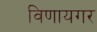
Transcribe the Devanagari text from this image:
विणायगर